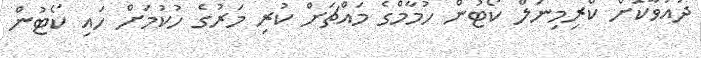
ދައުވާކޮށް ކްރިމިނަލް ކޯޓުން ހުމާމްގެ މައްޗަށް ކުރި މަރުގެ ހުކުމަށް ހައި ކޯޓުން